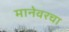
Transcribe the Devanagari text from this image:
मानेवरचा